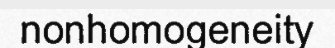
nonhomogeneity